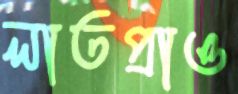
লাতপ্রাও